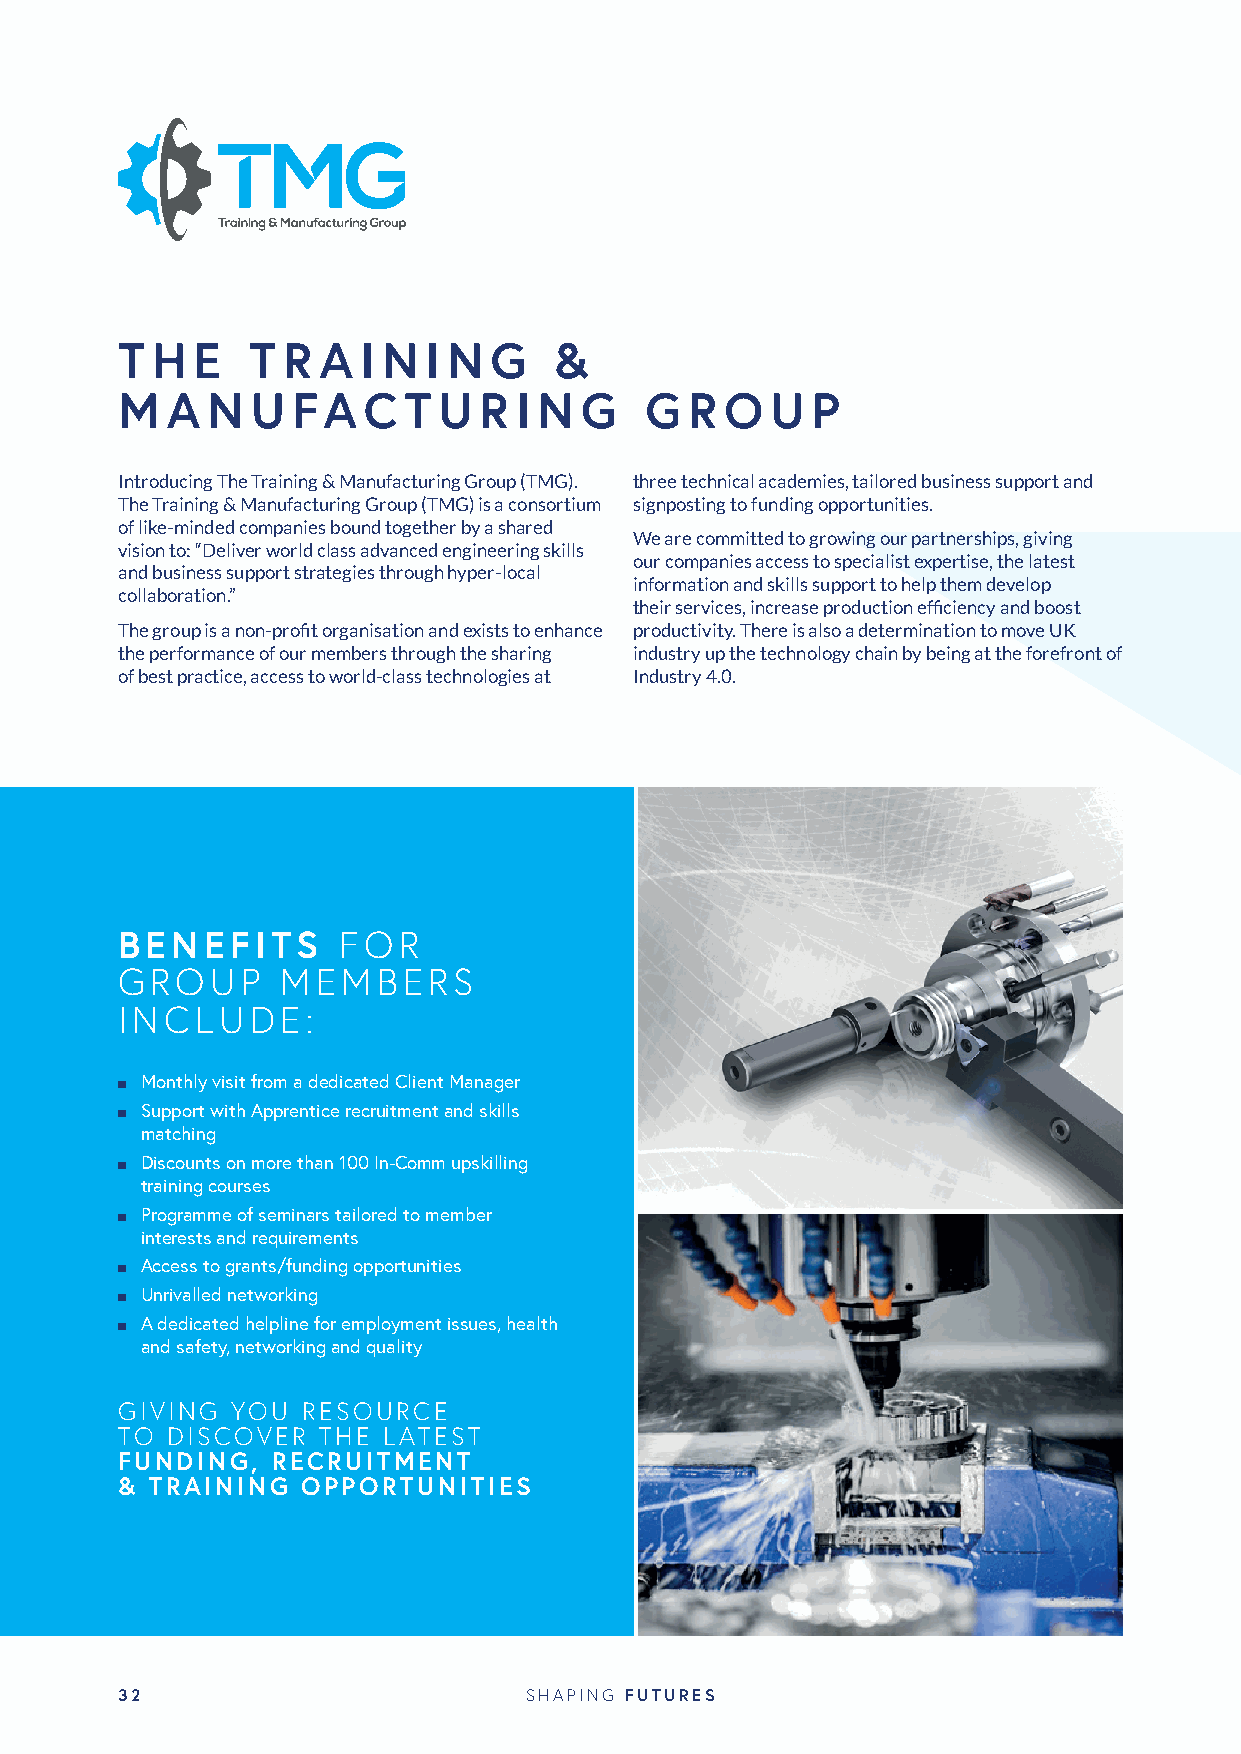
T H  E  T  R A  I N I N G    &
 M  A  N  U FA   C  T U  R I N G    G  R O  U  P
 Introducing The Training & Manufacturing Group (TMG). three technical academies, tailored business support and
 The Training & Manufacturing Group (TMG) is a consortium signposting to funding opportunities.
 of like-minded companies bound together by a shared
 We are committed to growing our partnerships, giving
 vision to: “Deliver world class advanced engineering skills
 our companies access to specialist expertise, the latest
 and business support strategies through hyper-local
 information and skills support to help them develop
 collaboration.”
 their services, increase production efficiency and boost
 The group is a non-profit organisation and exists to enhance productivity. There is also a determination to move UK
 the performance of our members through the sharing industry up the technology chain by being at the forefront of
 of best practice, access to world-class technologies at Industry 4.0.
 BENEFITS      FOR
 GROUP      MEMBERS
 INCLUDE:
 n Monthly visit from a dedicated Client Manager
 n Support with Apprentice recruitment and skills
 matching
 n Discounts on more than 100 In-Comm upskilling
 training courses
 n Programme of seminars tailored to member
 interests and requirements
 n Access to grants/funding opportunities
 n Unrivalled networking
 n A dedicated helpline for employment issues, health
 and safety, networking and quality
 GIVING YOU  RESOURCE
 TO DISCOVER  THE LATEST
 FUNDING,  RECRUITMENT
 & TRAINING  OPPORTUNITIES
 32                         SHAPING FUTURES